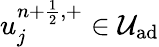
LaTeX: u_{j}^{n+\frac{1}{2},+}\in\mathcal{U}_{\textrm{ad}}